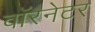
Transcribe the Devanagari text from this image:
वॉरनेटर